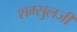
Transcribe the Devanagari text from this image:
शम्सुलजी